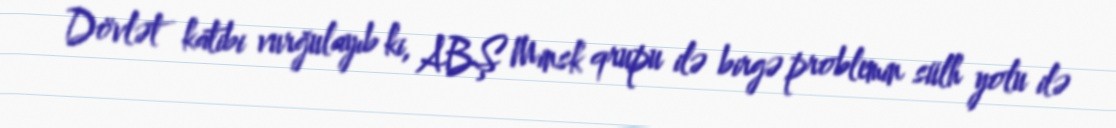
Dövlət katibi vurğulayıb ki, ABŞ Minsk qrupu ilə birgə problemin sülh yolu ilə